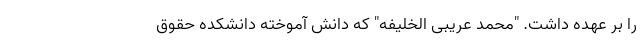
را بر عهده داشت. "محمد عریبی الخلیفه" که دانش آموخته دانشکده حقوق